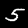
Digit: 5